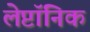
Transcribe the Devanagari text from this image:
लेप्टॉनिक